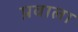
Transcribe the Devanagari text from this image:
प्रवाला